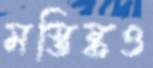
মস্তিষ্কও